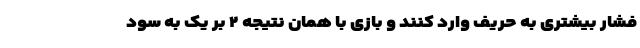
فشار بیشتری به حریف وارد کنند و بازی با همان نتیجه ۲ بر یک به سود